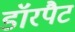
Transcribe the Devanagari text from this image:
डॉरपैट